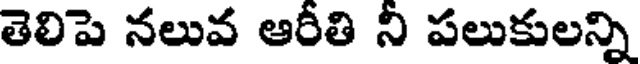
తెలిపె నలువ ఆరీతి నీ పలుకులన్ని